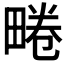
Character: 𤲨